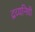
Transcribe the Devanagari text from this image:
द्रव्यनिधी